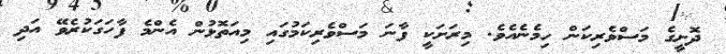
ދޮށީގެ މަސްވެރިކަން ހިމެނެއެވެ. މިރަށަކީ ފާނަ މަސްވެރިކަމުގައި މިއަތޮޅުން އެންމެ ފާހަގަކުރެވޭ އަދި